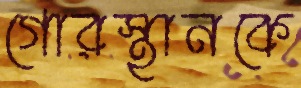
গোরস্থানকে